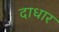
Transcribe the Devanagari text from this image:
दाधार